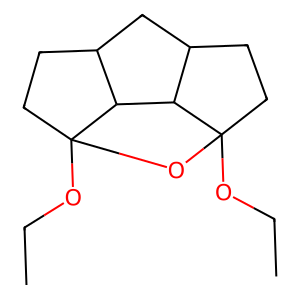
SMILES: CCOC12CCC3CC4CCC(OCC)(O1)C4C32
Inhibits HIV replication: No